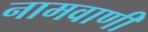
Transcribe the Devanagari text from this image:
नामवाणी